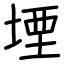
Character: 堙